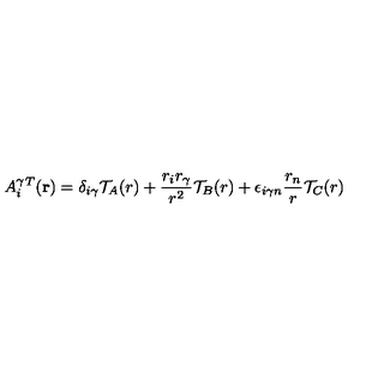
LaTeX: A _ { i } ^ { \gamma } ^ { T } ( { \bf r } ) = { \delta } _ { { i } { \gamma } } { \cal T } _ { A } ( r ) + \frac { r _ { i } r _ { \gamma } } { r ^ { 2 } } { \cal T } _ { B } ( r ) + { \epsilon } _ { i { \gamma } n } \frac { r _ { n } } { r } { \cal T } _ { C } ( r )